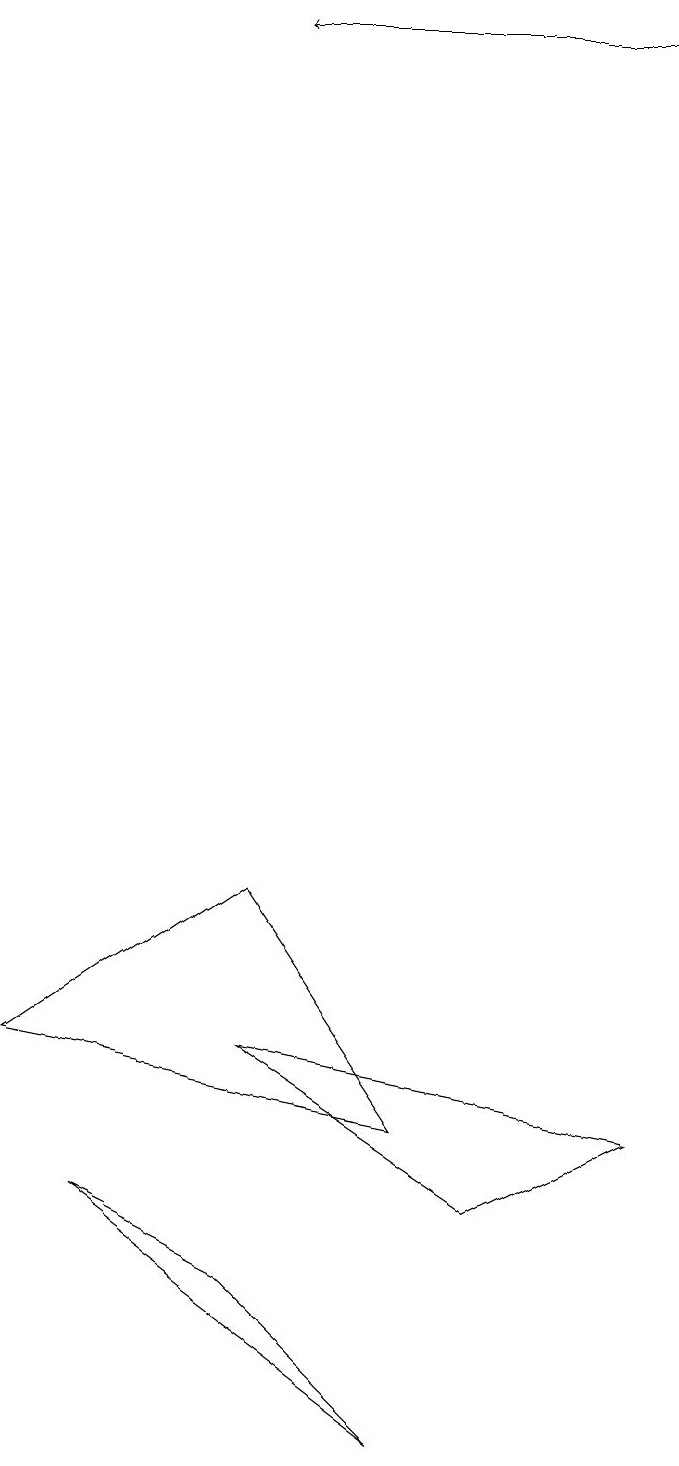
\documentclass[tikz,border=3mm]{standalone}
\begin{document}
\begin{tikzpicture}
\draw (3,3) -- (1,4) -- (5,1) -- cycle;
\draw[->] (8,19) -- (3,19);
\draw (0,6) -- (5,5) -- (3,8) -- cycle;
\draw (6,4) -- (3,6) -- (8,5) -- cycle;
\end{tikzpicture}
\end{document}